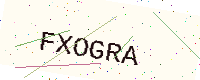
Text: FXOGRA